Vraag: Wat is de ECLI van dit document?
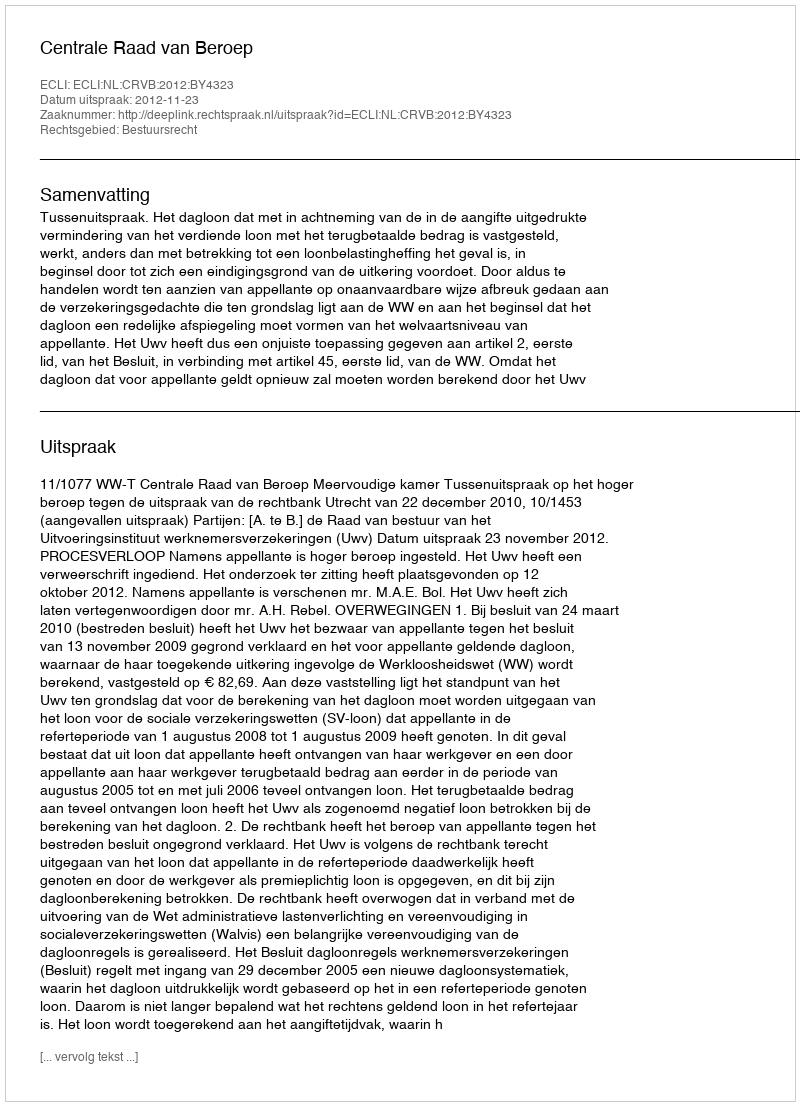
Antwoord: ECLI:NL:CRVB:2012:BY4323